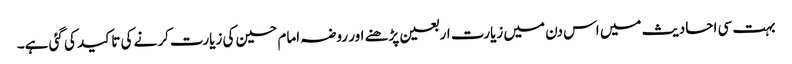
بہت سی احادیث میں اس دن میں زیارت اربعین پڑھنے اور روضہ امام حسین کی زیارت کرنے کی تاکید کی گئی ہے۔